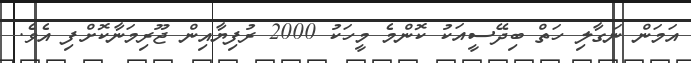
އަމަން ނަގާލި ހަތް ބިދޭސީއަކު ކޮންމެ މީހަކު 2000 ރުފިޔާއިން ޖޫރިމަނާކޮށްފި އެވެ.